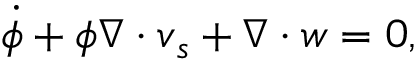
\dot { \phi } + \phi \nabla \cdot \boldsymbol { v } _ { s } + \nabla \cdot \boldsymbol { w } = 0 ,